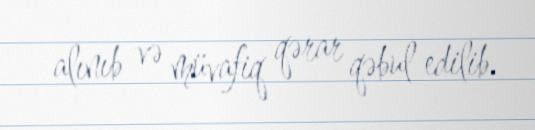
alınıb və müvafiq qərar qəbul edilib.